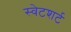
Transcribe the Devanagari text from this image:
स्वेटशर्ट